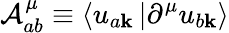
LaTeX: \mathcal{A}_{ab}^{\mu}\equiv\left\langle u_{a\mathbf{k}}\right.\left|\partial^{\mu}u_{b\mathbf{k}}\right\rangle